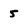
Character: 5